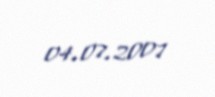
04.07.2007